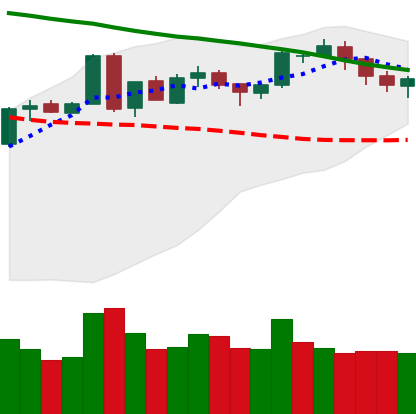
Ticker: BTC-USD
Chart end date: 2018-05-09
Forward return: -6.524%
Label: down_5_7